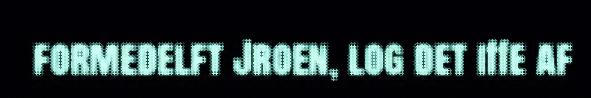
formedelft Jroen, log det iffe af